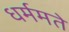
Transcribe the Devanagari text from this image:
धर्ममते